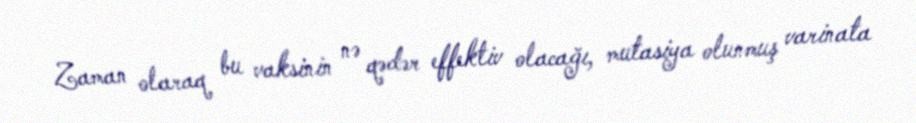
Zaman olaraq bu vaksinin nə qədər effektiv olacağı, mutasiya olunmuş varinata